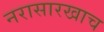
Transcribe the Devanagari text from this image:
नरासारखाच